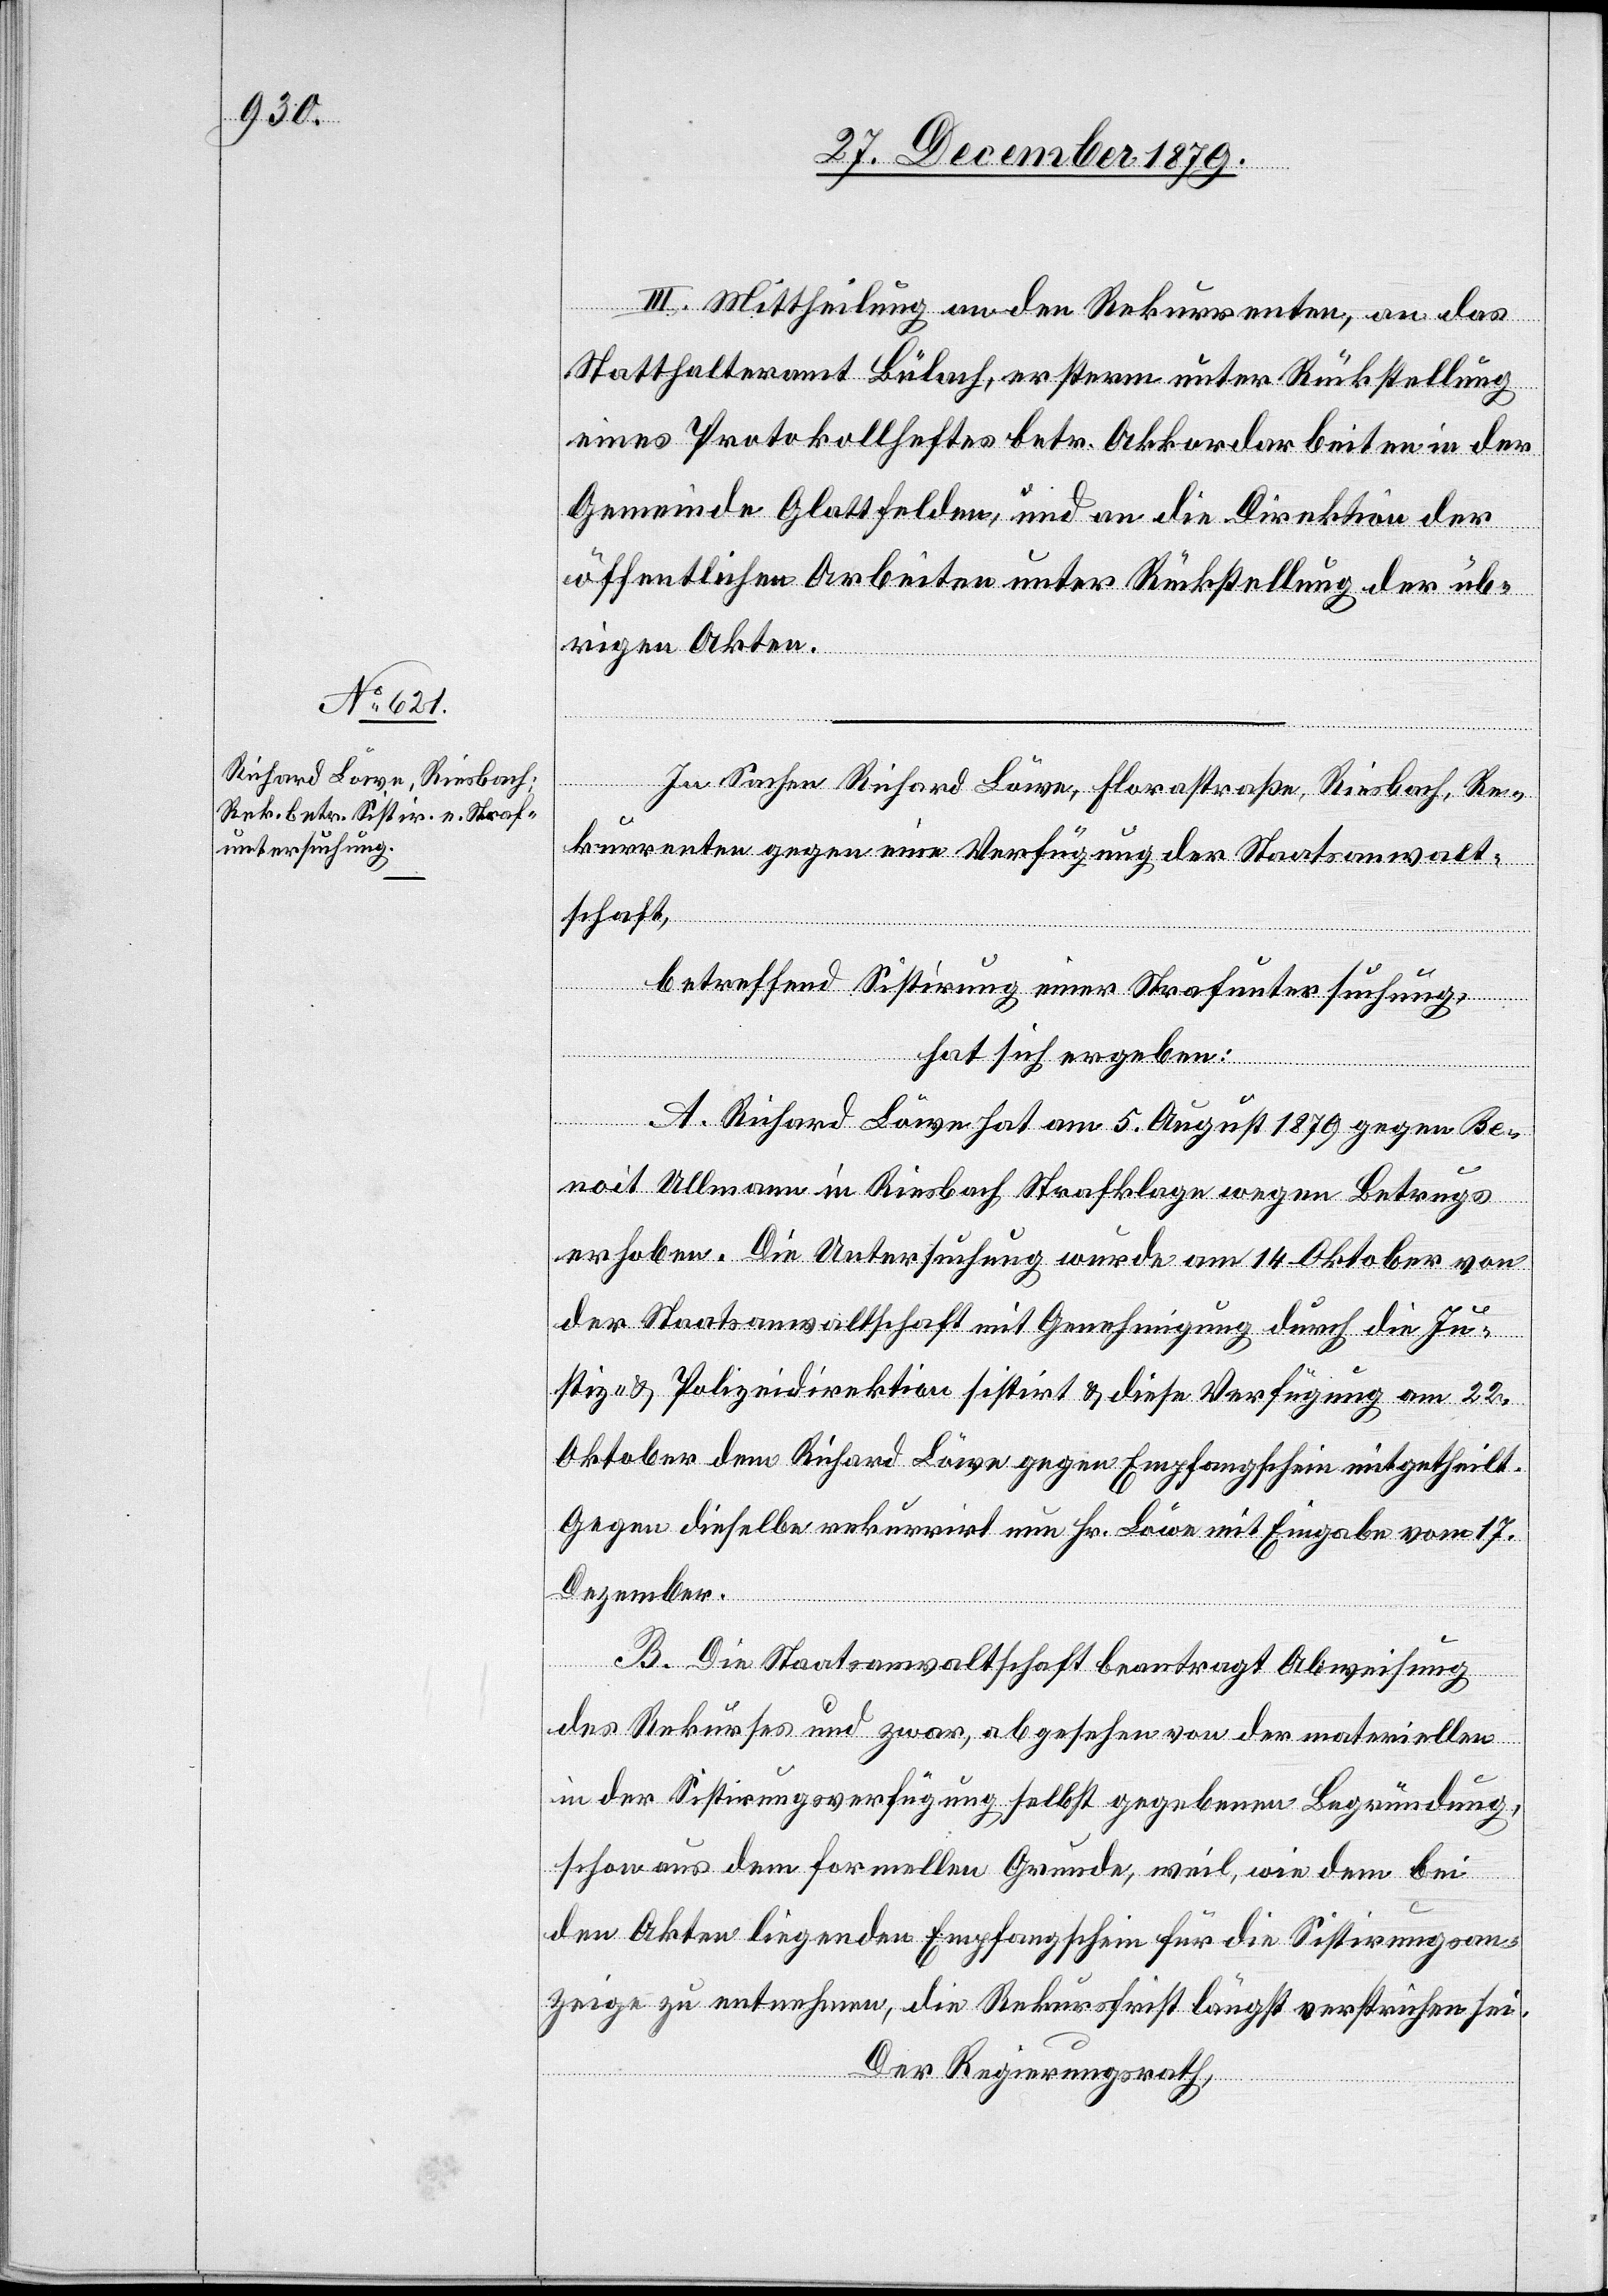
III. Mittheilung an den Rekurrenten, an das
Statthalteramt Bülach, ersterm unter Rückstellung
eines Protokollheftes betr. Akkordarbeiten in der
Gemeinde Glattfelden, und an die Direktion der
öffentlichen Arbeiten unter Rückstellung der üb¬
rigen Akten.
In Sachen Richard Löwe, Florastraße, Riesbach, Re¬
kurrenten gegen eine Verfügung der Staatsanwalt¬
schaft,
betreffend Sistirung einer Strafuntersuchung,
hat sich ergeben:
A. Richard Löwe hat am 5. August 1879 gegen Be¬
noit Ullmann in Riesbach Strafklage wegen Betrugs
erhoben. Die Untersuchung wurde am 14. Oktober von
der Staatsanwaltschaft mit Genehmigung durch die Ju¬
stiz- & Polizeidirektion sistirt & diese Verfügung am 22.
Oktober dem Richard Löwe gegen Empfangsschein mitgetheilt.
Gegen dieselbe rekurrirt nun Hr. Löwe mit Eingabe vom 17.
Dezember.
B. Die Staatsanwaltschaft beantragt Abweisung
des Rekurses und zwar, abgesehen von der materiellen
in der Sistirungsverfügung selbst gegebenen Begründung,
schon aus dem formellen Grunde, weil, wie dem bei
den Akten liegenden Empfangsschein für die Sistirungsan¬
zeige zu entnehmen, die Rekursfrist längst verstrichen sei.
Der Regierungsrath,